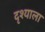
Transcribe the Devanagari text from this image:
दृश्याला